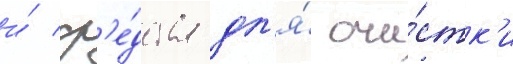
и́ ср'е́дства дл'я́ очи́стк'и